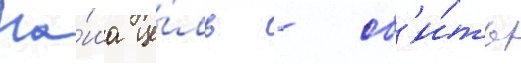
На́ша це́ль - сб'и́ть